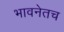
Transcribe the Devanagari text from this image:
भावनेतच